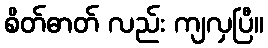
စိတ်ဓာတ် လည်း ကျလှပြီ။